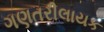
ગણતરીલાયક